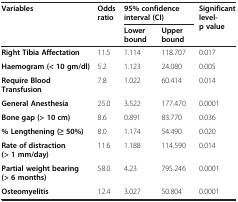
<table><thead><tr><td><b>Variables</b></td><td><b>Odds ratio</b></td><td colspan="2"><b>95% confidence interval (CI)</b></td><td><b>Significant level-p value</b></td></tr><tr><td><b> </b></td><td><b> </b></td><td><b>Lower bound</b></td><td><b>Upper bound</b></td><td><b> </b></td></tr></thead><tbody><tr><td><b>Right Tibia Affectation</b></td><td>11.5</td><td>1.114</td><td>118.707</td><td>0.017</td></tr><tr><td><b>Haemogram (&lt; 10 gm/dl)</b></td><td>5.2</td><td>1.123</td><td>24.080</td><td>0.005</td></tr><tr><td><b>Require Blood Transfusion</b></td><td>7.8</td><td>1.022</td><td>60.414</td><td>0.014</td></tr><tr><td><b>General Anesthesia</b></td><td>25.0</td><td>3.522</td><td>177.470</td><td>0.0001</td></tr><tr><td><b>Bone gap (&gt; 10 cm)</b></td><td>8.6</td><td>0.891</td><td>83.770</td><td>0.036</td></tr><tr><td><b>% Lengthening (≥ 50%)</b></td><td>8.0</td><td>1.174</td><td>54.490</td><td>0.020</td></tr><tr><td><b>Rate of distraction (&gt; 1 mm/day)</b></td><td>11.6</td><td>1.188</td><td>114.590</td><td>0.014</td></tr><tr><td><b>Partial weight bearing (&gt; 6 months)</b></td><td>58.0</td><td>4.23</td><td>795.246</td><td>0.0001</td></tr><tr><td><b>Osteomyelitis</b></td><td>12.4</td><td>3.027</td><td>50.804</td><td>0.0001</td></tr></tbody></table>